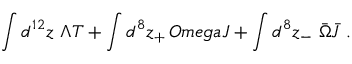
\int d ^ { 1 2 } z \ \Lambda T + \int d ^ { 8 } z _ { + } \, O m e g a { \cal J } + \int d ^ { 8 } z _ { - } \ { \bar { \Omega } } { \bar { \cal J } } \ .